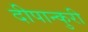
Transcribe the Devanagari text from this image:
दीपान्कुरी